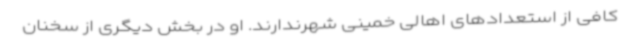
کافی از استعدادهای اهالی خمینی شهرندارند. او در بخش دیگری از سخنان